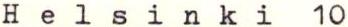
Helsinki 10